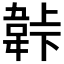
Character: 𬰬